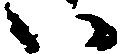
い